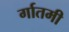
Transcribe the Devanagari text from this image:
र्गातमी